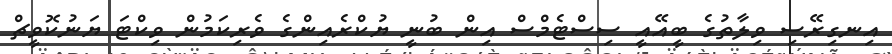
އިނގިރޭސި ވިލާތުގެ ބީއޭއީ ސިސްޓެމްސް އިން ބުނީ ޔުކްރެއިންގެ ވެރިކަމުން ވިކްޓަ ޔަނުކޮވީޗް